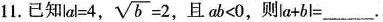
11. 已知$$lal=4$$, $$\sqrt{b}=2$$ ,且$$ab<0$$,则$$|a+bl=___$$.